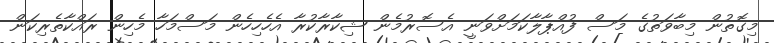
މިގޮތުން މިބާޥަތުގެ މަސް ފުއްޕާލާކަމަށްވަނީ އެސޮރުމެން ޝިކާރާކުރާ އެހެހިހެން މަސްމަހާ މެހިން ރައްކާތެރިކަން